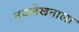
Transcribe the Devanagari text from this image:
नवलेखनाला